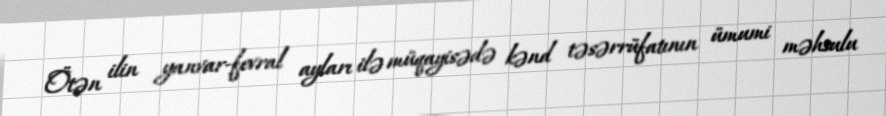
Ötən ilin yanvar-fevral ayları ilə müqayisədə kənd təsərrüfatının ümumi məhsulu